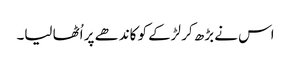
اس نے بڑھ کر لڑکے کو کاندھے پر اُٹھا لیا۔